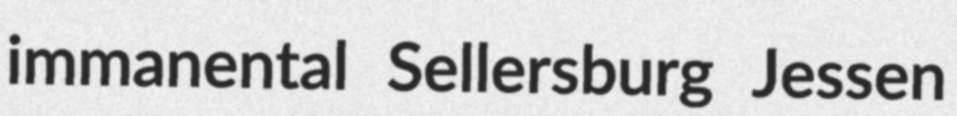
immanental Sellersburg Jessen